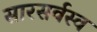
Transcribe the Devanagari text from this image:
सारसर्वस्व